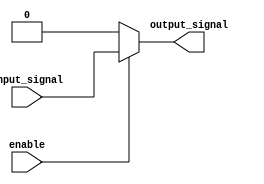
module buffer_with_enable(
    input wire input_signal,
    input wire enable,
    output reg output_signal
);

always @(*) begin
    if (enable) begin
        output_signal = input_signal;
    end else begin
        output_signal = 1'b0; // Constant value of 0
    end
end

endmodule